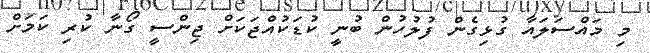
މި މައްސަލައާ ގުޅިގެން ފުލުހުން ބުނީ ކުޑަކުއްޖަކަށް ޖިންސީ ގޯނާ ކުރި ކަމަށް